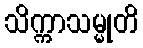
သိက္ကာသမ္မုတိ